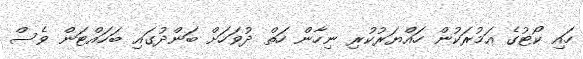
ހައި ކޯޓުގެ އަމުރަކުން ހައްޔަރުކުރި ނިހާން ހަތް ދުވަހަށް ބަންދުގައި ބަހައްޓަން ވެސް